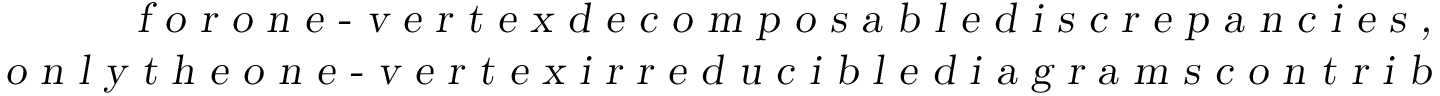
\begin{array} { c } { { \textsl { f o r o n e - v e r t e x d e c o m p o s a b l e d i s c r e p a n c i e s , } } } \\ { { \textsl { o n l y t h e o n e - v e r t e x i r r e d u c i b l e d i a g r a m s c o n t r i b u t e . } } } \end{array}